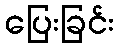
ပြေးခြင်း